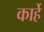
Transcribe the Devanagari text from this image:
कार्हे